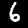
Label: 6